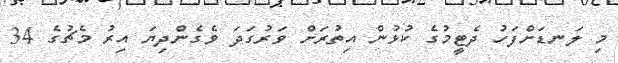
މި ލަނޑަށްފަހު ދެޓީމުގެ ކުޅުން އިތުރަށް ވަރުގަދަ ވެގެންދިޔަ އިރު މެޗުގެ 34